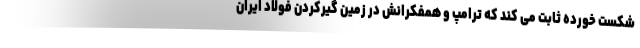
شکست خورده ثابت می کند که ترامپ و همفکرانش در زمین گیرکردن فولاد ایران